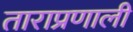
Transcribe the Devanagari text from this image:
ताराप्रणाली